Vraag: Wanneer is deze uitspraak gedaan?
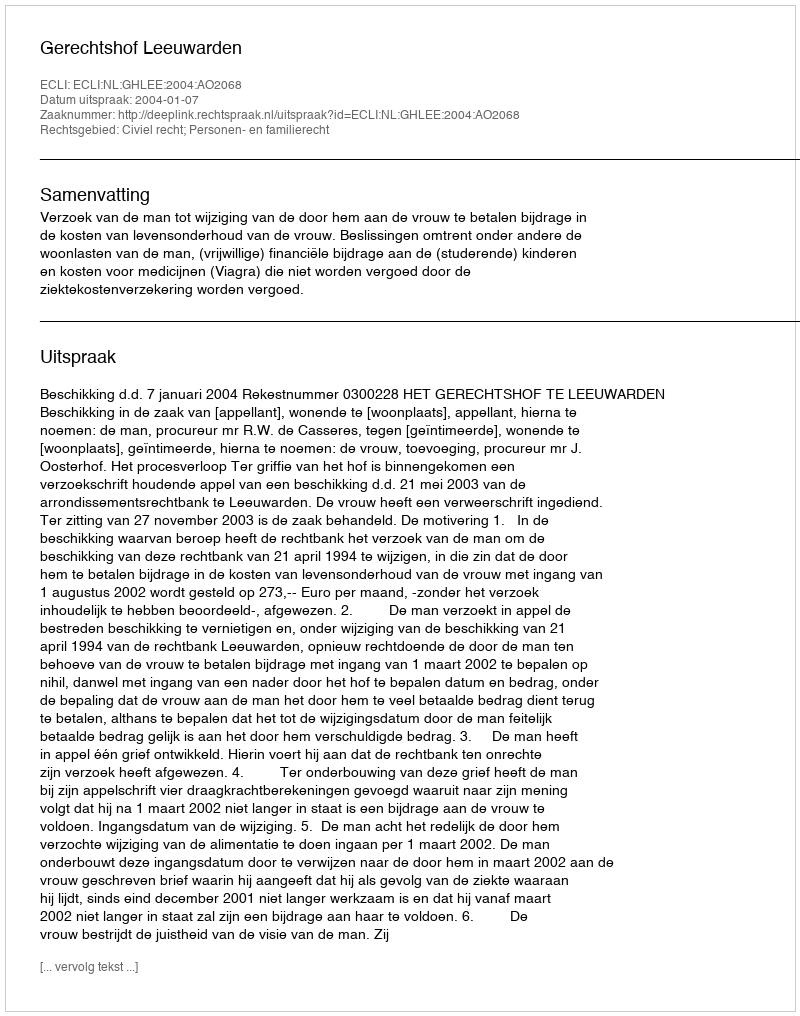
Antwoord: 2004-01-07